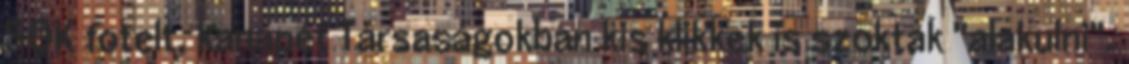
SOK fotelt, kanapét Társaságokban kis klikkek is szoktak "alakulni".